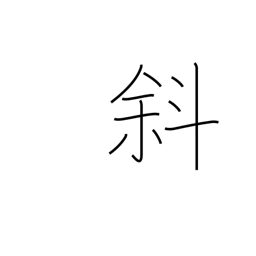
Meaning: diagonal